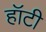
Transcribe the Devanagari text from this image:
हॉटी